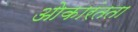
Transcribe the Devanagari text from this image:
ओकारंतता